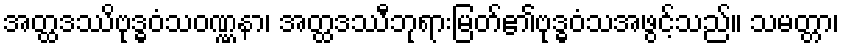
အတ္ထဒဿိဗုဒ္ဓဝံသဝဏ္ဏနာ၊ အတ္ထဒဿီဘုရားမြတ်၏ဗုဒ္ဓဝံသအဖွင့်သည်။ သမတ္တာ၊